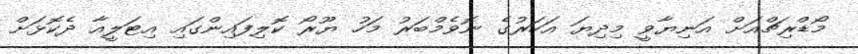
މޯޑްރިޗްއަށް އަނިޔާވީ މިދިޔަ އަހަރުގެ ނޮވެމްބަރު މަހު ޔޫރޯ ކޮލިފައިންގައި އިޓަލީއާ ދެކޮޅަށް